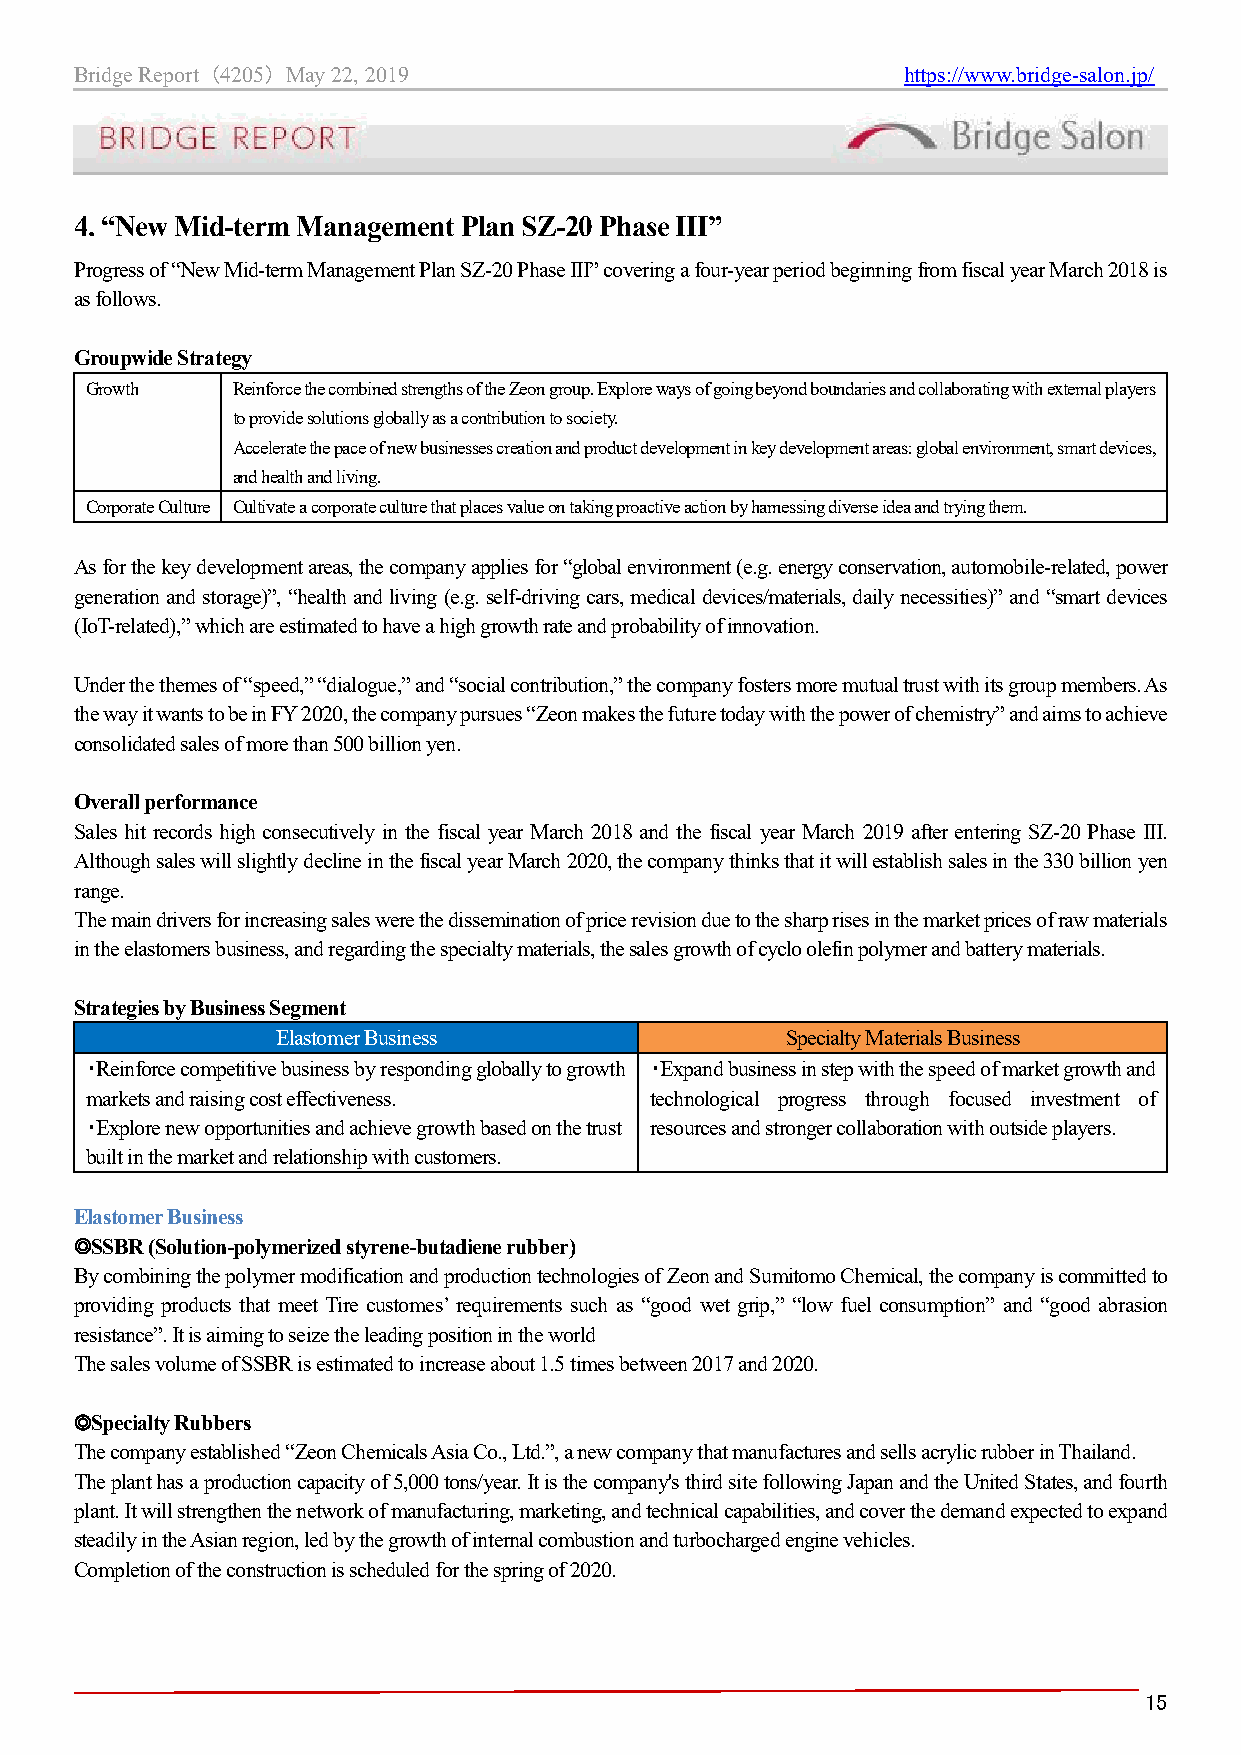
Bridge Report （4205） May 22, 2019                      https://www.bridge-salon.jp/
 4. “New Mid-term Management Plan SZ-20 Phase III”
 Progress of “New Mid-term Management Plan SZ-20 Phase III” covering a four-year period beginning from fiscal year March 2018 is
 as follows.
 Groupwide Strategy
 Growth   Reinforce the combined strengths of the Zeon group. Explore ways of going beyond boundaries and collaborating with external players
 to provide solutions globally as a contribution to society.
 Accelerate the pace of new businesses creation and product development in key development areas: global environment, smart devices,
 and health and living.
 Corporate Culture Cultivate a corporate culture that places value on taking proactive action by harnessing diverse idea and trying them.
 As for the key development areas, the company applies for “global environment (e.g. energy conservation, automobile-related, power
 generation and storage)”, “health and living (e.g. self-driving cars, medical devices/materials, daily necessities)” and “smart devices
 (IoT-related),” which are estimated to have a high growth rate and probability of innovation.
 Under the themes of “speed,” “dialogue,” and “social contribution,” the company fosters more mutual trust with its group members. As
 the way it wants to be in FY 2020, the company pursues “Zeon makes the future today with the power of chemistry” and aims to achieve
 consolidated sales of more than 500 billion yen.
 Overall performance
 Sales hit records high consecutively in the fiscal year March 2018 and the fiscal year March 2019 after entering SZ-20 Phase III.
 Although sales will slightly decline in the fiscal year March 2020, the company thinks that it will establish sales in the 330 billion yen
 range.
 The main drivers for increasing sales were the dissemination of price revision due to the sharp rises in the market prices of raw materials
 in the elastomers business, and regarding the specialty materials, the sales growth of cyclo olefin polymer and battery materials.
 Strategies by Business Segment
 Elastomer Business                Specialty Materials Business
 ・Reinforce competitive business by responding globally to growth ・Expand business in step with the speed of market growth and
 markets and raising cost effectiveness. technological progress through focused investment of
 ・Explore new opportunities and achieve growth based on the trust resources and stronger collaboration with outside players.
 built in the market and relationship with customers.
 Elastomer Business
 ◎SSBR (Solution-polymerized styrene-butadiene rubber)
 By combining the polymer modification and production technologies of Zeon and Sumitomo Chemical, the company is committed to
 providing products that meet Tire customes’ requirements such as “good wet grip,” “low fuel consumption” and “good abrasion
 resistance”. It is aiming to seize the leading position in the world
 The sales volume of SSBR is estimated to increase about 1.5 times between 2017 and 2020.
 ◎Specialty Rubbers
 The company established “Zeon Chemicals Asia Co., Ltd.”, a new company that manufactures and sells acrylic rubber in Thailand.
 The plant has a production capacity of 5,000 tons/year. It is the company's third site following Japan and the United States, and fourth
 plant. It will strengthen the network of manufacturing, marketing, and technical capabilities, and cover the demand expected to expand
 steadily in the Asian region, led by the growth of internal combustion and turbocharged engine vehicles.
 Completion of the construction is scheduled for the spring of 2020.
 15